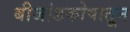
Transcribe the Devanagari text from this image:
बीजांडकोषातून